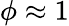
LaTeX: \phi\approx 1